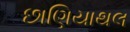
છાણિયાથલ